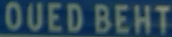
OUEDBEHT